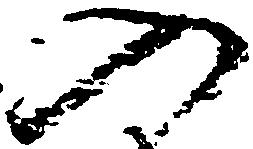
入